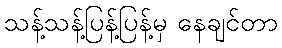
သန့်သန့်ပြန့်ပြန့်မှ နေချင်တာ